Vaccination in the Punjab 1905-1918 - 1905-1918
Year: 1905
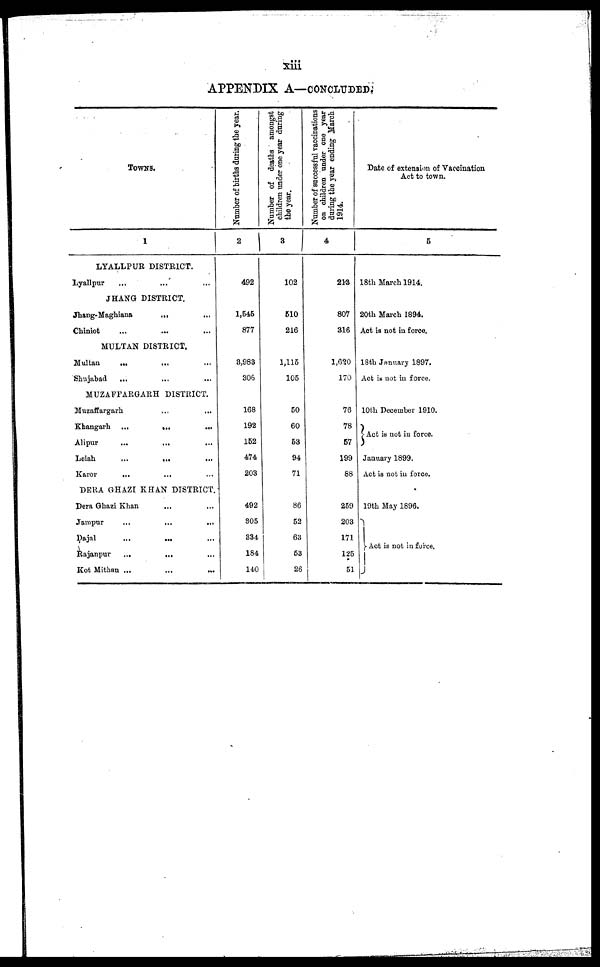
xiii
APPENDIX A—CONCLUDED
Towns.
1
LYALLPUR DISTRICT.
Lyallpur ... ... ...
JHANG DISTRICT.
Jhang-Maghiana
...
...
Chiniot ... ... ...
MULTAN DISTRICT.
Multan
... ... ...
Shujabad
... ... ...
MUZAFFARGARH DISTRICT.
Muzaffargarh ... ...
Khangarh ...
...
...
Alipur ... ... ...
Leiah
...
...
...
Karor
... ... ...
DERA GHAZI KHAN DISTRICT.
Dera Ghazi Khan ... ... ...
Jampur ... ... ...
Dajal
...
... ...
Rajanpur
...
... ...
Kot Mithan ...
...
...
Number of births during the year.
2
492
1,545
877
3,983
306
168
192
152
474
203
492
305
334
184
140
Number of deaths amongst
children under one year during
the year.
3
102
510
216
1,115
105
50
60
53
94
71
86
52
63
53
26
Number of successful vaccinations
on children under one year
during the year ending March
1914.
4
213
807
316
1,620
170
76
78
57
199
88
259
203
171
125
51
Date of extension of Vaccination
Act to town.
5
18th March 1914.
20th March 1894.
Act is not in force.
18th January 1897.
Act is not in force.
10th December 1910.
Act is not in force.
January 1899.
Act is not in force.
19th May 1896.
Act is not in force.